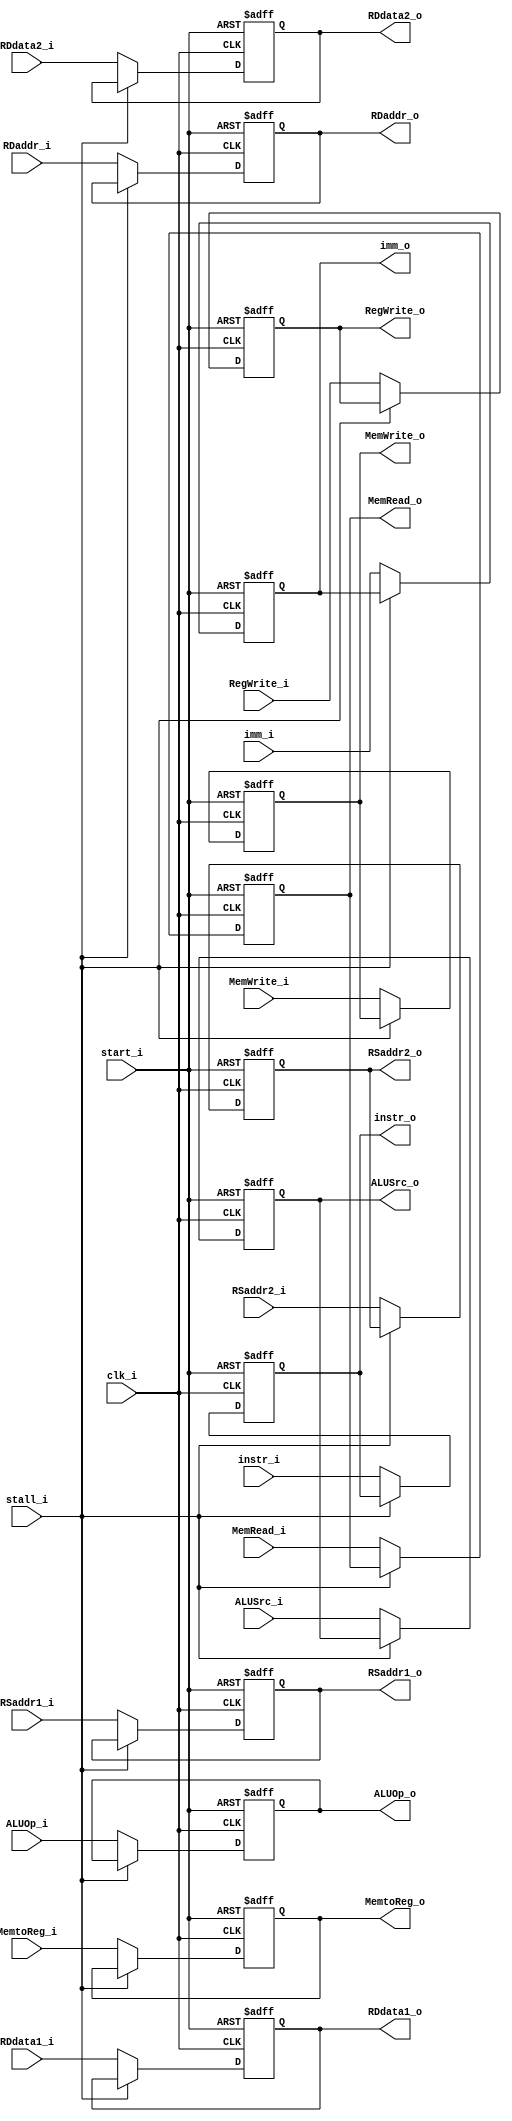
module ID_EX(
	clk_i,
	start_i,

	stall_i,

	instr_i,
	instr_o,

	RegWrite_i,
	RegWrite_o,
	MemtoReg_i,
	MemtoReg_o,
	MemRead_i,
	MemRead_o,
	MemWrite_i,
	MemWrite_o,
	ALUOp_i,
	ALUOp_o,
	ALUSrc_i,
	ALUSrc_o,

	imm_i,
	imm_o,

	RDdata1_i,
	RDdata1_o,
	RDdata2_i,
	RDdata2_o,

	RSaddr1_i,
	RSaddr1_o,
	RSaddr2_i,
	RSaddr2_o,
	RDaddr_i,
	RDaddr_o
);

input clk_i, start_i, stall_i;

input [9:0] instr_i;
output reg [9:0] instr_o;

input RegWrite_i, MemtoReg_i, MemRead_i, MemWrite_i, ALUSrc_i;
input [1:0] ALUOp_i;
output reg RegWrite_o, MemtoReg_o, MemRead_o, MemWrite_o, ALUSrc_o;
output reg [1:0] ALUOp_o;

input [31:0] imm_i;
output reg [31:0] imm_o;

input [31:0] RDdata1_i, RDdata2_i;
output reg [31:0] RDdata1_o, RDdata2_o;

input [4:0] RSaddr1_i, RSaddr2_i, RDaddr_i;
output reg [4:0] RSaddr1_o, RSaddr2_o, RDaddr_o;

always @(posedge clk_i or negedge start_i) begin
	if (!start_i) begin
		instr_o <= 0;
		RegWrite_o <= 0;
		MemtoReg_o <= 0;
		MemRead_o <= 0;
		MemWrite_o <= 0;
		ALUOp_o <= 0;
		ALUSrc_o <= 0;
		imm_o <= 0;
		RDdata1_o <= 0;
		RDdata2_o <= 0;
		RSaddr1_o <= 0;
		RSaddr2_o <= 0;
		RDaddr_o <= 0;
	end
	else begin
		if (!stall_i) begin
			instr_o <= instr_i;
			RegWrite_o <= RegWrite_i;
			MemtoReg_o <= MemtoReg_i;
			MemRead_o <= MemRead_i;
			MemWrite_o <= MemWrite_i;
			ALUOp_o <= ALUOp_i;
			ALUSrc_o <= ALUSrc_i;
			imm_o <= imm_i;
			RDdata1_o <= RDdata1_i;
			RDdata2_o <= RDdata2_i;
			RSaddr1_o <= RSaddr1_i;
			RSaddr2_o <= RSaddr2_i;
			RDaddr_o <= RDaddr_i;
		end
	end
end 

endmodule